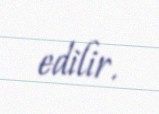
edilir.